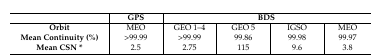
|  | GPS | <COLSPAN=4> BDS |
 | --- | --- | --- | --- | --- | --- |
 | Orbit | MEO | GEO 1–4 | GEO 5 | IGSO | MEO |
 | Mean Continuity (%) | >99.99 | >99.99 | 99.86 | 99.98 | 99.97 |
 | Mean CSN * | 2.5 | 2.75 | 115 | 9.6 | 3.8 |